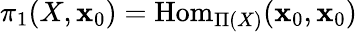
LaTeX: \pi_{1}(X,\mathbf{x}_{0})=\mathrm{{Hom}}_{\Pi(X)}(\mathbf{x}_{0},\mathbf{x}_{0})